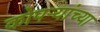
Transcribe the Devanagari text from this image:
कोपर्‍यांच्या